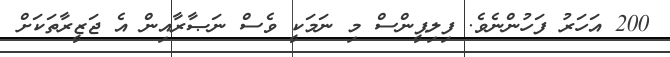
200 އަހަރު ފަހުންނެވެ. ފިލިޕީންސް މި ނަމަކީ ވެސް ނަޞާރާއިން އެ ޖަޒީރާތަކަށް